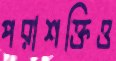
পরাশক্তিও